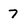
Character: 7